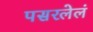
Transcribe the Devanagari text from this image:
पसरलेलं